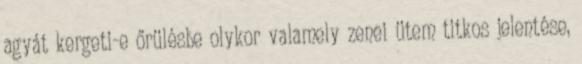
agyát kergeti-e őrülésbe olykor valamely zenei ütem titkos jelentése,